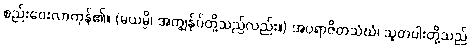
စည်းဝေးလာကုန်၏။ (မယမ္ပိ၊ အကျွန်ုပ်တို့သည်လည်း။) အပရာဇိတသံဃံ၊ သူတပါးတို့သည်